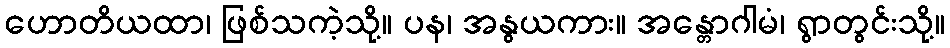
ဟောတိယထာ၊ ဖြစ်သကဲ့သို့။ ပန၊ အနွယကား။ အန္တောဂါမံ၊ ရွာတွင်းသို့။